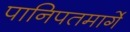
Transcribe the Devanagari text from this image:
पानिपतमार्गे